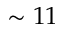
\sim 1 1